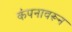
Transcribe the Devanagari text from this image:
कंपनावरून